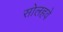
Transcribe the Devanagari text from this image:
सोलहवे